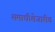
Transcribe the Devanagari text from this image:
समाधीशेजारीच